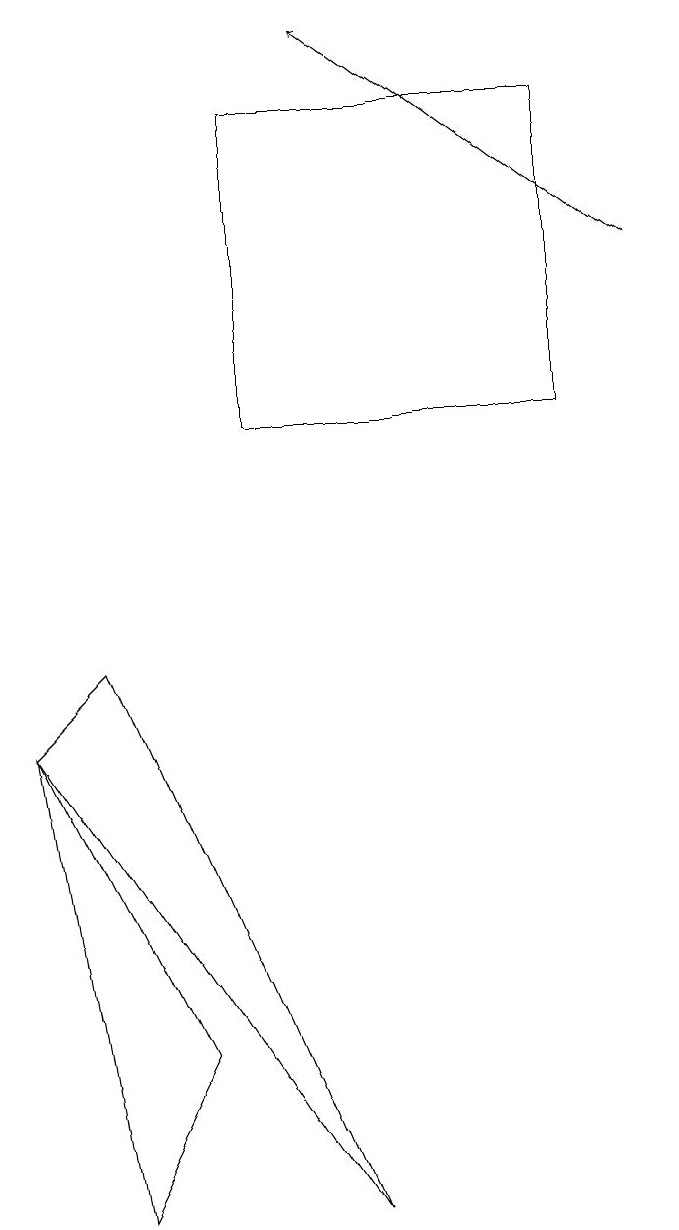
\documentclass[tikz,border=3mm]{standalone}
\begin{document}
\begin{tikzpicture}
\draw[->] (8,12) -- (4,15);
\draw (7,10) rectangle (3,14);
\draw (4,0) -- (1,7) -- (0,6) -- cycle;
\draw (1,0) -- (0,6) -- (2,2) -- cycle;
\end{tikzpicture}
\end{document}